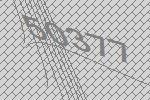
50377